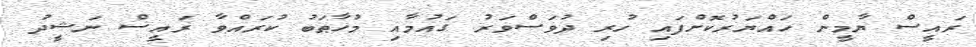
ރައީސް ޔާމީން ހައްޔަރުކޮށްފައި ހުރި ދުވަސްވަރު ގައުމާއި މުޚާޠަބު ކުރައްވާ ރައީސް ނަޝީދު